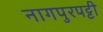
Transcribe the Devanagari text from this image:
नागपुरपट्टी